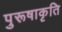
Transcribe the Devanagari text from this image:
पुरूषाकृति